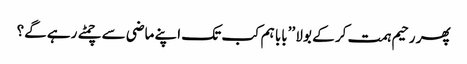
پھر رحیم ہمت کر کے بولا ’’بابا ہم کب تک اپنے ماضی سے چمٹے رہے گے؟